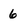
Character: 6